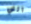
التي